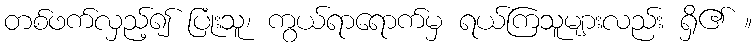
တစ်ဖက်လှည့်၍ ပြုံးသူ၊ ကွယ်ရာရောက်မှ ရယ်ကြသူများလည်း ရှိ၏ ။